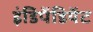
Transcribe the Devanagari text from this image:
इंडिपेंडियेंट